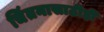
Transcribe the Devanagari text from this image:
चिंतनासाठीही